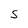
Character: S